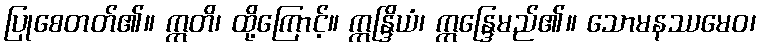
ပြုစေတတ်၏။ ဣတိ၊ ထို့ကြောင့်။ ဣန္ဒြိယံ၊ ဣန္ဒြေမည်၏။ သောမနဿမေဝ၊